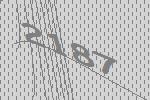
2187